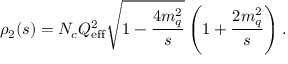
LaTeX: \rho _ { 2 } ( s ) = N _ { c } Q _ { \mathrm { e f f } } ^ { 2 } \sqrt { 1 - \frac { 4 m _ { q } ^ { 2 } } s } \left( 1 + \frac { 2 m _ { q } ^ { 2 } } s \right) .